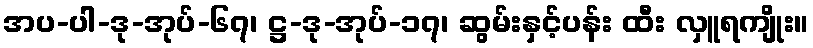
အပ-ပါ-ဒု-အုပ်-၆၇၊ ဋ္ဌ-ဒု-အုပ်-၁၇၊ ဆွမ်းနှင့်ပန်း ထီး လှူရကျိုး။